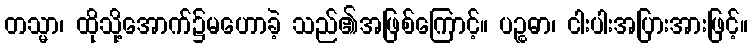
တသ္မာ၊ ထိုသို့အောက်၌မဟောခဲ့ သည်၏အဖြစ်ကြောင့်။ ပဉ္စဓာ၊ ငါးပါးအပြားအားဖြင့်။